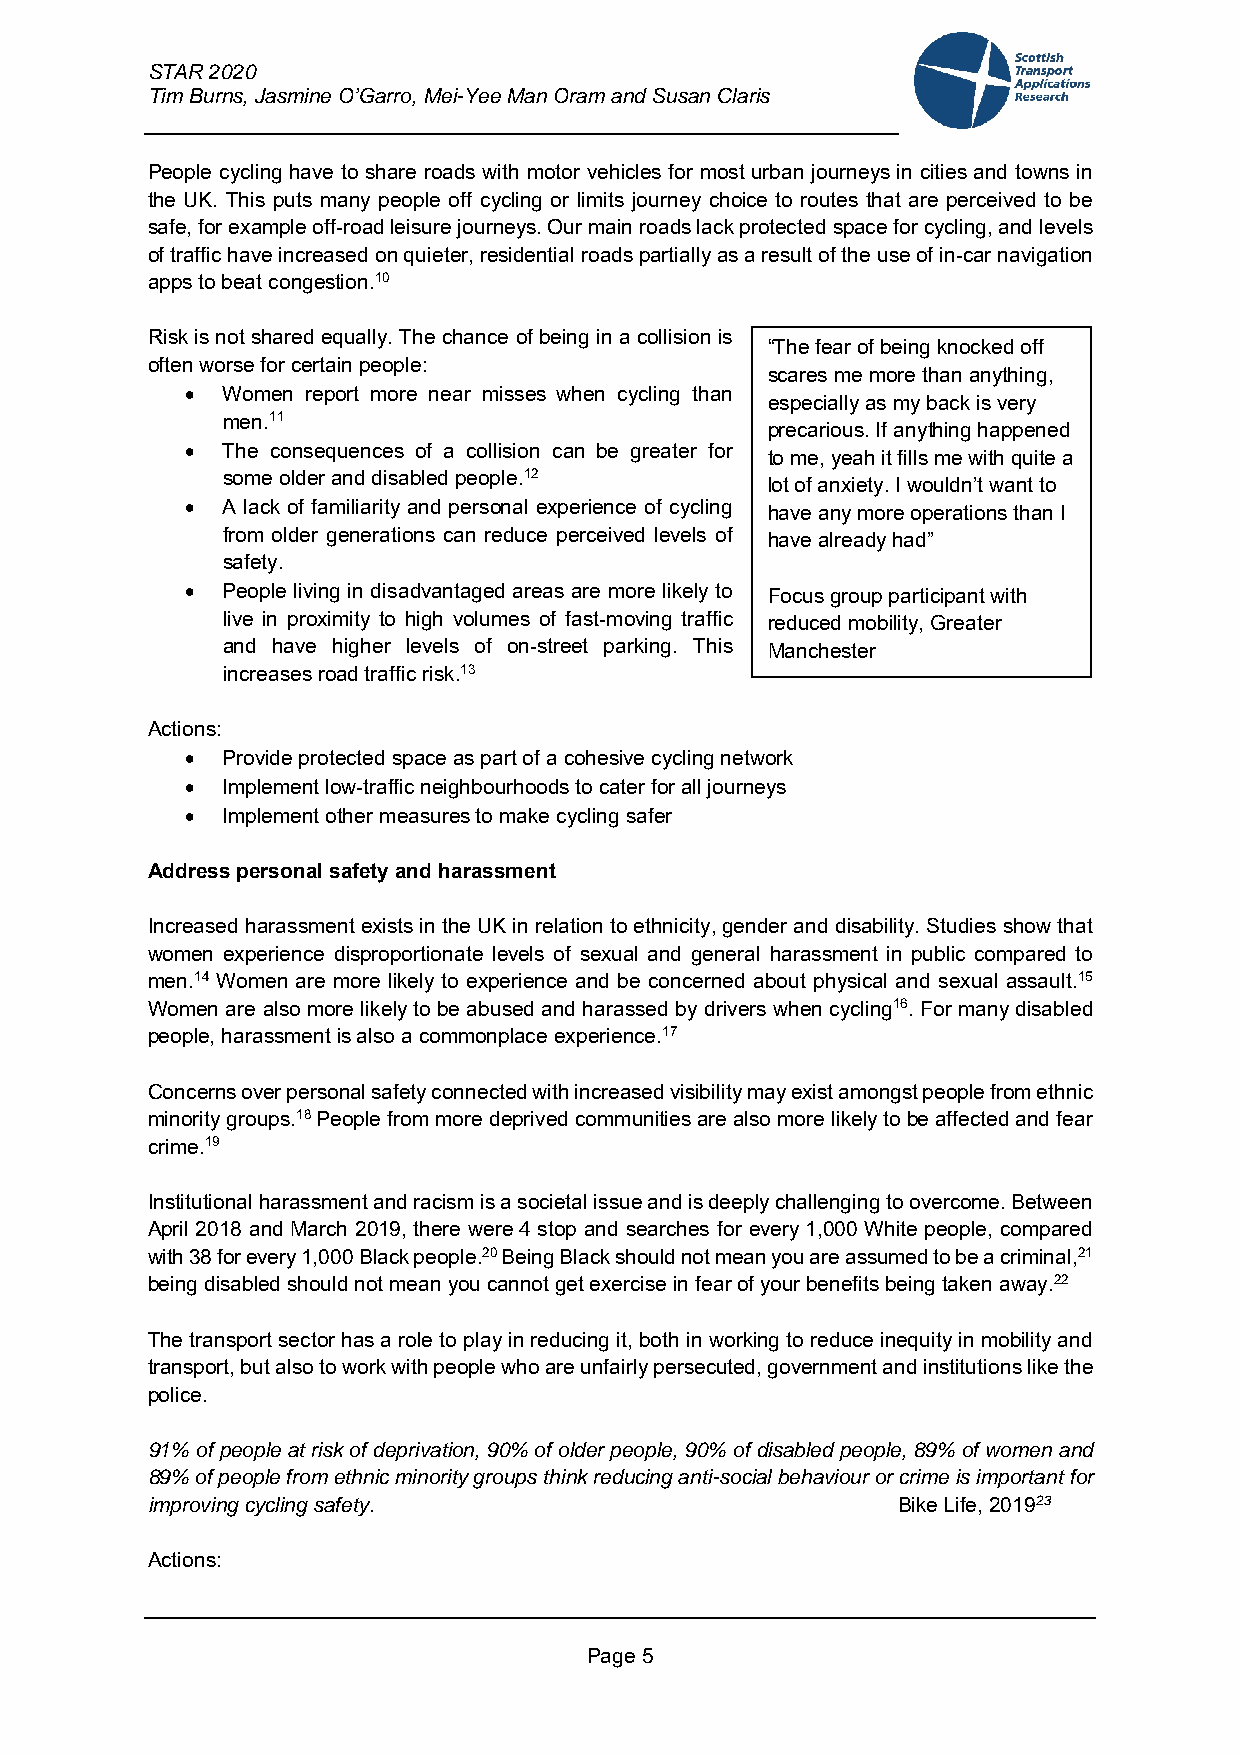
STAR 2020
 Tim Burns, Jasmine O’Garro, Mei-Yee Man Oram and Susan Claris
 People cycling have to share roads with motor vehicles for most urban journeys in cities and towns in
 the UK. This puts many people off cycling or limits journey choice to routes that are perceived to be
 safe, for example off-road leisure journeys. Our main roads lack protected space for cycling, and levels
 of traffic have increased on quieter, residential roads partially as a result of the use of in-car navigation
 apps to beat congestion.10
 Risk is not shared equally. The chance of being in a collision is
 “The fear of being knocked off
 often worse for certain people:
 scares me more than anything,
   Women report more near misses when cycling than
 especially as my back is very
 men.11
 precarious. If anything happened
   The consequences of a collision can be greater for
 to me, yeah it fills me with quite a
 some older and disabled people.12
 lot of anxiety. I wouldn’t want to
   A lack of familiarity and personal experience of cycling have any more operations than I
 from older generations can reduce perceived levels of have already had”
 safety.
   People living in disadvantaged areas are more likely to Focus group participant with
 live in proximity to high volumes of fast-moving traffic reduced mobility, Greater
 and have higher levels of on-street parking. This Manchester
 increases road traffic risk.13
 Actions:
   Provide protected space as part of a cohesive cycling network
   Implement low-traffic neighbourhoods to cater for all journeys
   Implement other measures to make cycling safer
 Address personal safety and harassment
 Increased harassment exists in the UK in relation to ethnicity, gender and disability. Studies show that
 women experience disproportionate levels of sexual and general harassment in public compared to
 men.14 Women are more likely to experience and be concerned about physical and sexual assault.15
 Women are also more likely to be abused and harassed by drivers when cycling16. For many disabled
 people, harassment is also a commonplace experience.17
 Concerns over personal safety connected with increased visibility may exist amongst people from ethnic
 minority groups.18 People from more deprived communities are also more likely to be affected and fear
 crime.19
 Institutional harassment and racism is a societal issue and is deeply challenging to overcome. Between
 April 2018 and March 2019, there were 4 stop and searches for every 1,000 White people, compared
 with 38 for every 1,000 Black people.20 Being Black should not mean you are assumed to be a criminal,21
 being disabled should not mean you cannot get exercise in fear of your benefits being taken away.22
 The transport sector has a role to play in reducing it, both in working to reduce inequity in mobility and
 transport, but also to work with people who are unfairly persecuted, government and institutions like the
 police.
 91% of people at risk of deprivation, 90% of older people, 90% of disabled people, 89% of women and
 89% of people from ethnic minority groups think reducing anti-social behaviour or crime is important for
 improving cycling safety.                        Bike Life, 201923
 Actions:
 Page 5